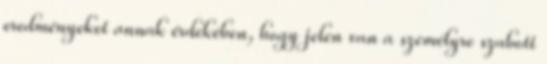
eredményeket annak érdekében, hogy jelen van a személyre szabott